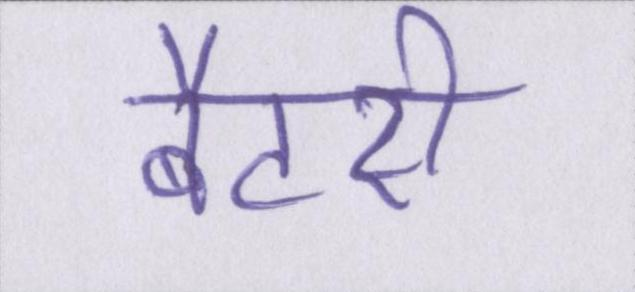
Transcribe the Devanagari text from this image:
बैटरी